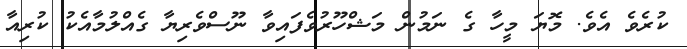
ކުރެވެ އެވެ. މޮޔަ މީހާ ގެ ނަމުން މަޝްހޫރުވެފައިވާ ނޫސްވެރިޔާ ގެއްލުމާއެކު ކުރިއާ